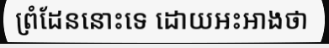
ព្រំដែននោះទេ ដោយអះអាងថា